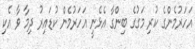
އަހަރުމެންގެ ކުރި މަގުގެ ބިންގާ އެޅެނީ އަހަރުމެން ކުޑައިރު ދިމާ ވާ އެކި